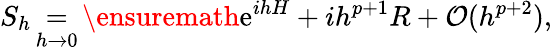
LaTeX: S_{h}\mathop{=}_{h\to 0}\ensuremath{\mathrm{e}}^{ihH}+ih^{p+1}R+\mathcal{O}(h^{p+2}),